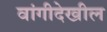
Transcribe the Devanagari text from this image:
वांगीदेखील